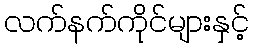
လက်နက်ကိုင်များနှင့်